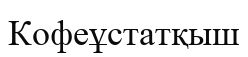
Кофеұстатқыш